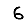
Digit: 6